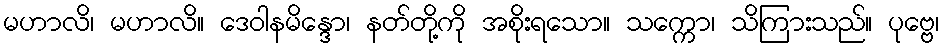
မဟာလိ၊ မဟာလိ။ ဒေဝါနမိန္ဒော၊ နတ်တို့ကို အစိုးရသော။ သက္ကော၊ သိကြားသည်။ ပုဗ္ဗေ၊